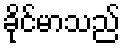
ခိုင်မာသည်